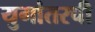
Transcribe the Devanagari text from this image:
युगांतरची